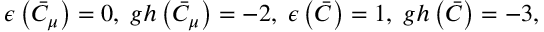
\epsilon \left( \bar { C } _ { \mu } \right) = 0 , \; g h \left( \bar { C } _ { \mu } \right) = - 2 , \; \epsilon \left( \bar { C } \right) = 1 , \; g h \left( \bar { C } \right) = - 3 ,